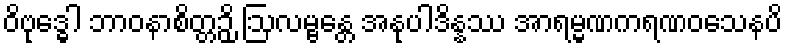
ဝိဗုဒ္ဓေါ ဘာဝနာစိတ္တဉှိ ဩလမ္ဗန္တေ အနုပါဒိန္နဿ အာရမ္မဏကရဏဝသေနပိ